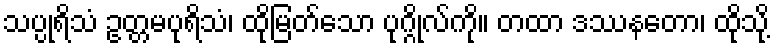
သပ္ပုရိသံ ဥတ္တမပုရိသံ၊ ထိုမြတ်သော ပုဂ္ဂိုလ်ကို။ တထာ ဒဿနတော၊ ထိုသို့